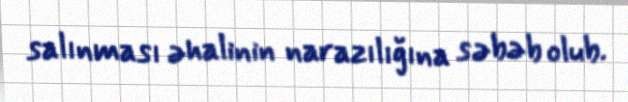
salınması əhalinin narazılığına səbəb olub.